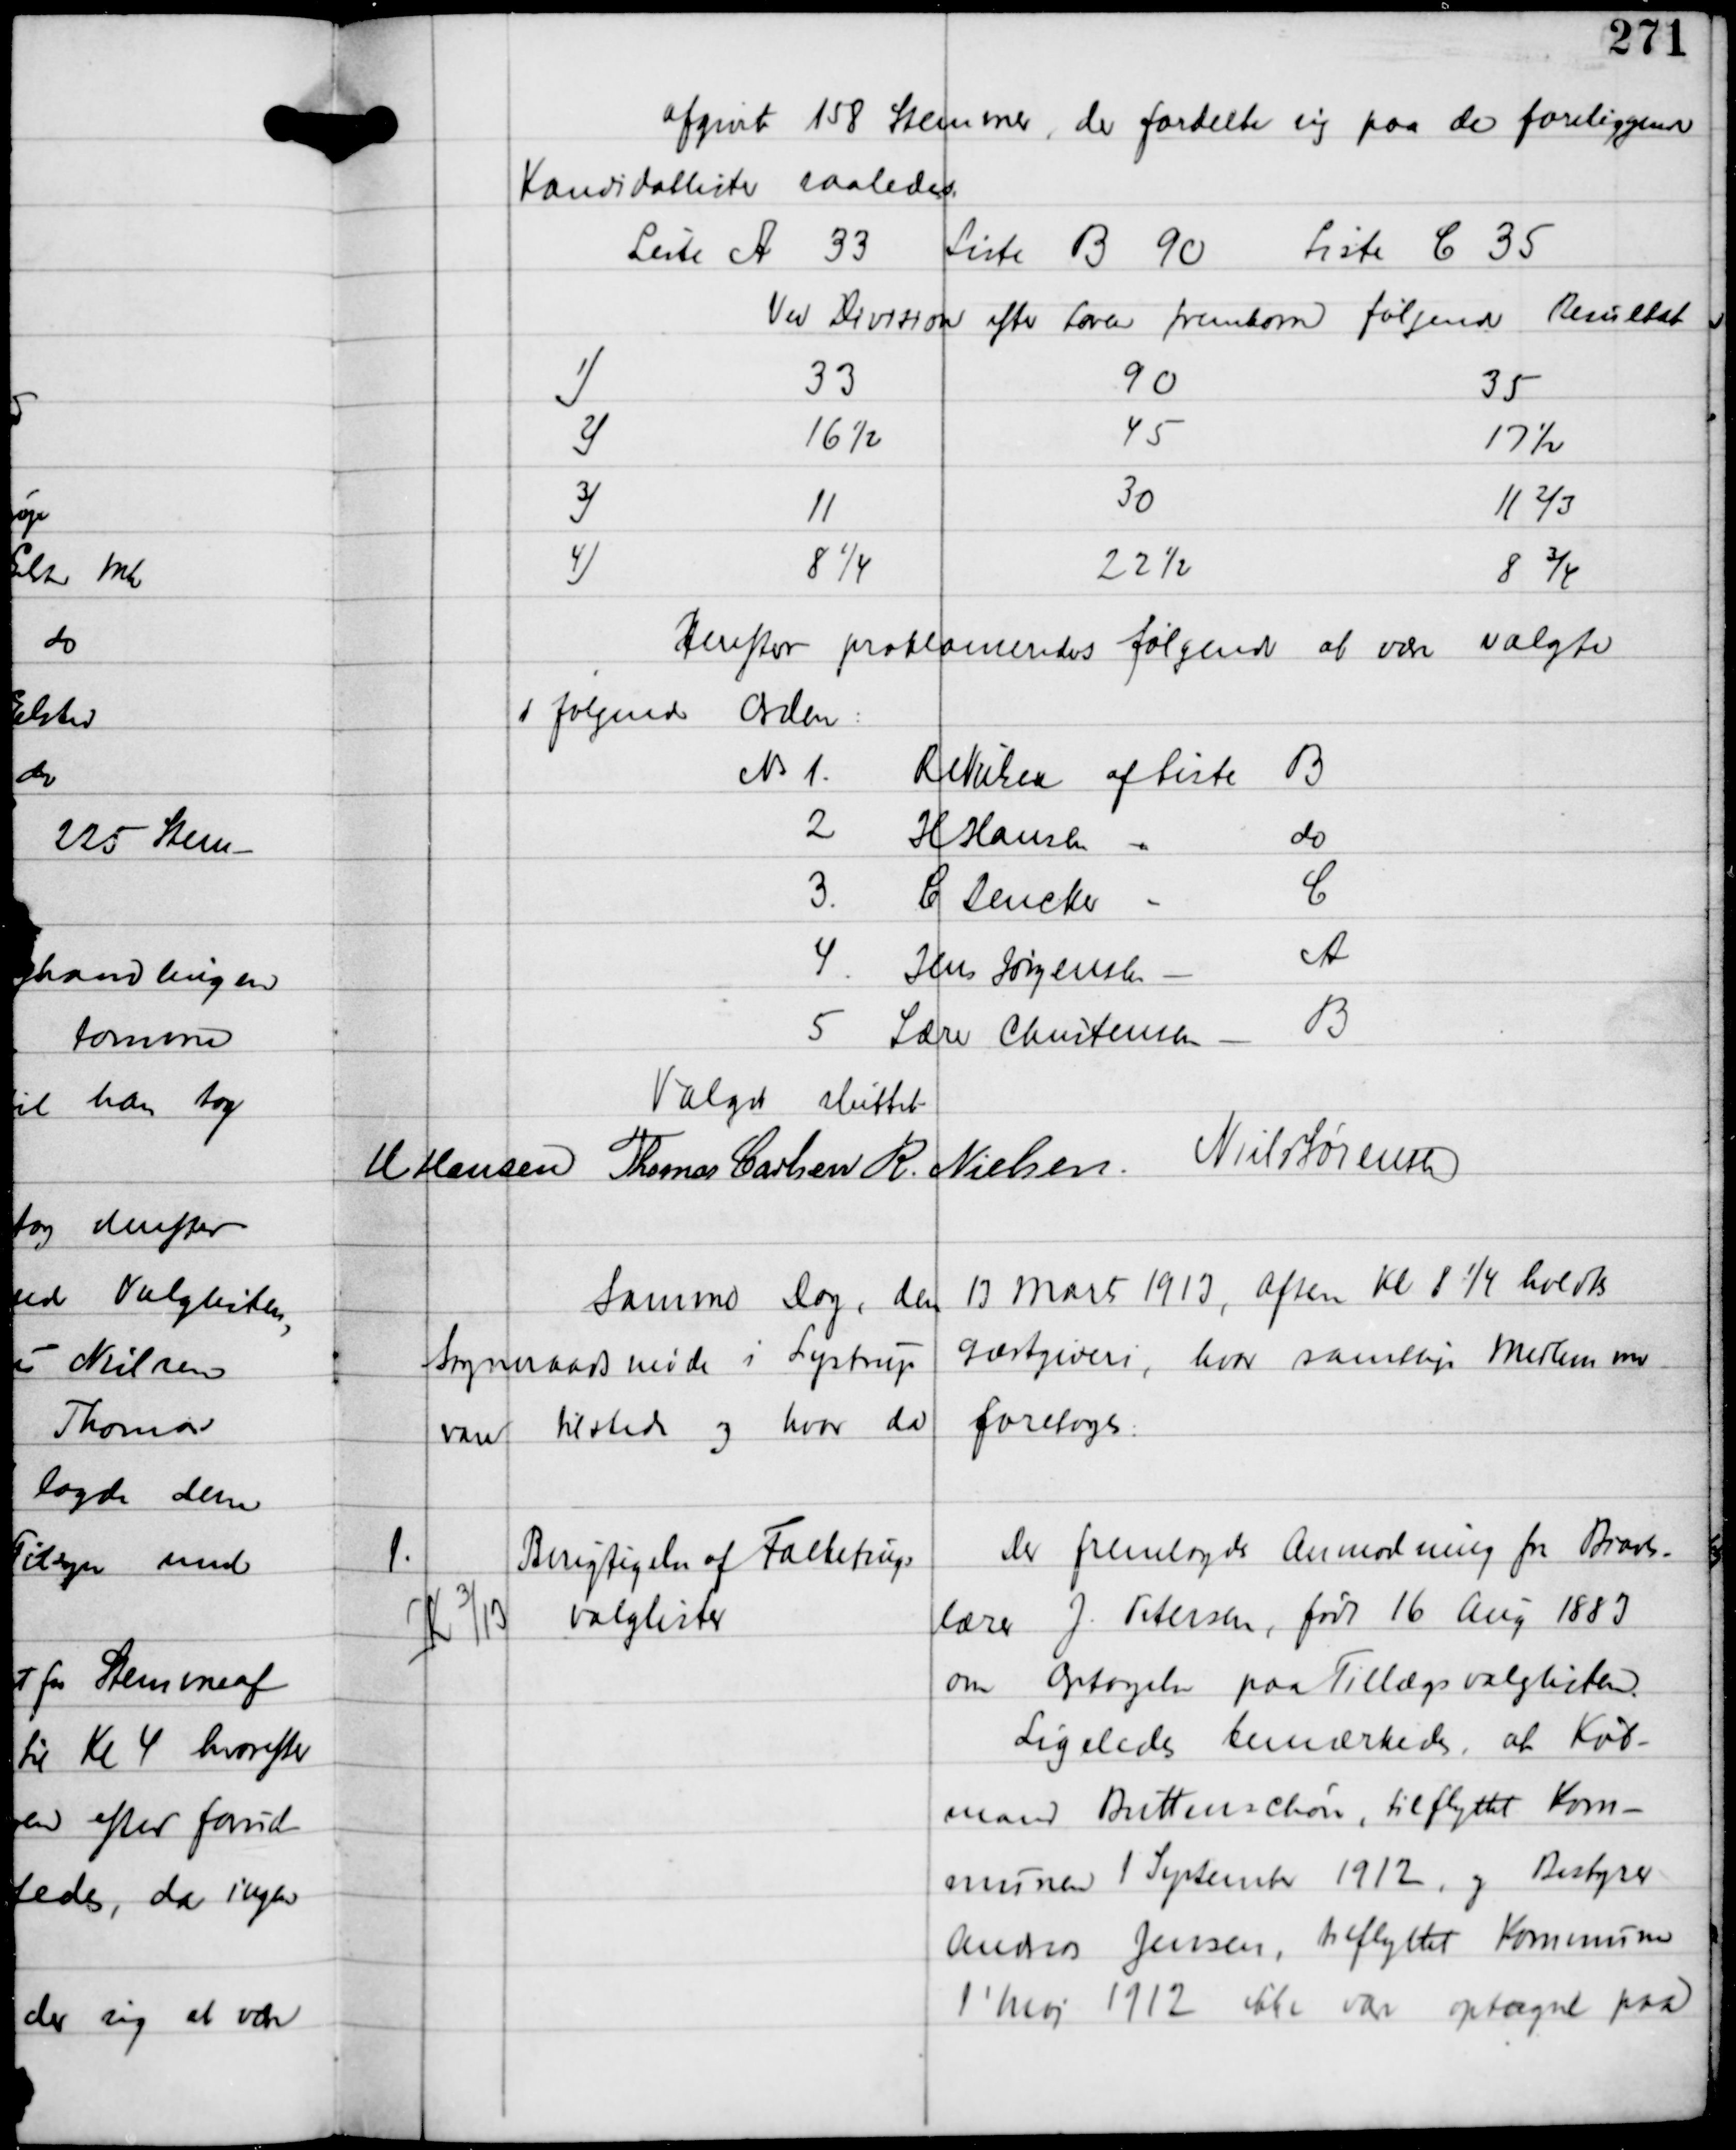
Transskription:
afgivet 158 Stemmer, der fordelte sig paa de foreliggende
Kandidatlister saaledes.

Herefter proklameredes følgende at være valgte
i følgende Orden:

Valget sluttet.
H Hansen Thomas Carlsen R. Nielsen Niels Sørensen

Samme Dag, den 13 Marts 1913, aften Kl 8¼ holdtes
Sogneraadsmøde i Lystrup Gæstgiveri, hvor samtlige Medlemmer
vare tilstede og hvor der foretoges:

1.

K 3/13

Berigtigelse af Falketings
valglister

Der fremlagdes Anmodning fra Biavls-
lærer J. Petersen, født 16 Aug 1883
om
Optagelse paa Tillægsvalglisten.
Ligeledes bemærkedes at Køb-
mand Buttenschøn, tilflyttet Kom-
munen 1 September 1912, og Bestyrer
Andreas Jensen, tilflyttet Kommunen
1' Maj 1912 ikke var optagne paa